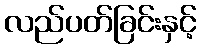
လည်ပတ်ခြင်းနှင့်